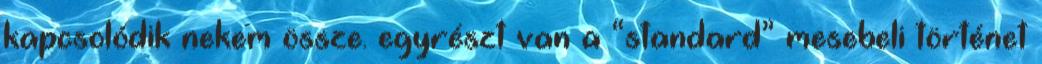
kapcsolódik nekem össze. egyrészt van a “standard” mesebeli történet